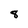
Character: 8